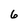
Character: 6